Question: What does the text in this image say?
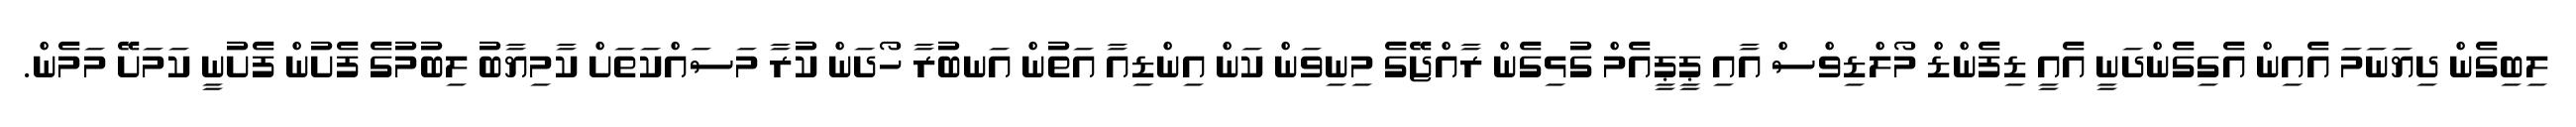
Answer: ލިބިގެން ދިޔަނަމަ އެއިން އެގިގެންދަނީ އެއީ ޑިފެންޑް މޯލްޑިވްސް އާއި ޕީޕީއެމް ގުޅިގެން ރާއްޖޭގެ މިނިވަން ކަން އިންޑިއާ އަތުން އަނބުރާ ހޯދަން ކުރާ މަސައްކަތަށް ކާމިޔާބު ލިބުމުގެ ފެށުން ފެށުނީ ކަމަށޭ މަމެން.